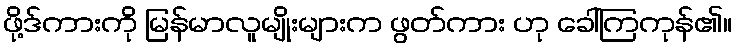
ဖို့ဒ်ကားကို မြန်မာလူမျိုးများက ဖွတ်ကား ဟု ခေါ်ကြကုန်၏။